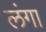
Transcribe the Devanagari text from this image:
लंगा